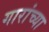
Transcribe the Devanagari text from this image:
गारांच्या